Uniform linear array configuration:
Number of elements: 24
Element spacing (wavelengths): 0.5
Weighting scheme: exponential
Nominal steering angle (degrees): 30
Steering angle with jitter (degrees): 31.183
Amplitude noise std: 0.05
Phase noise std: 0.05

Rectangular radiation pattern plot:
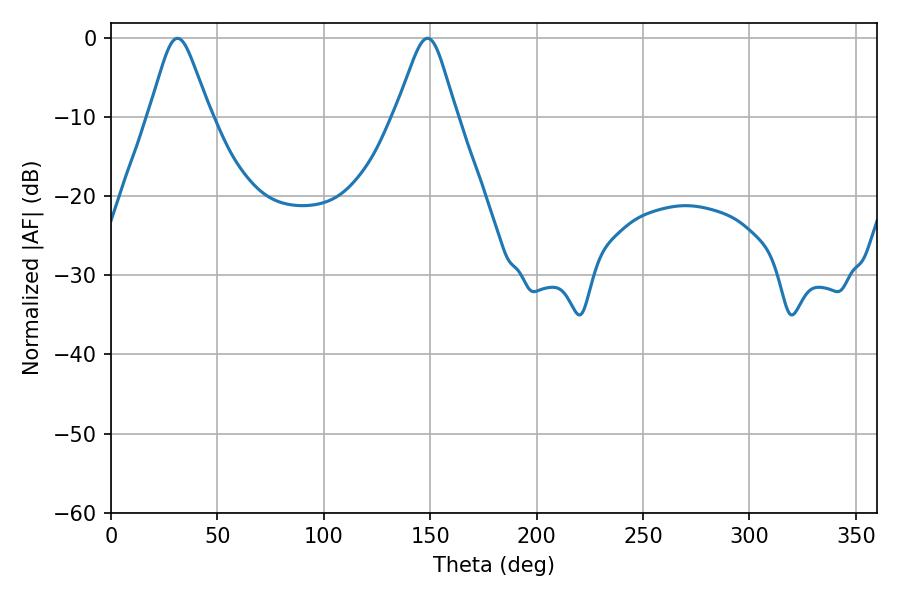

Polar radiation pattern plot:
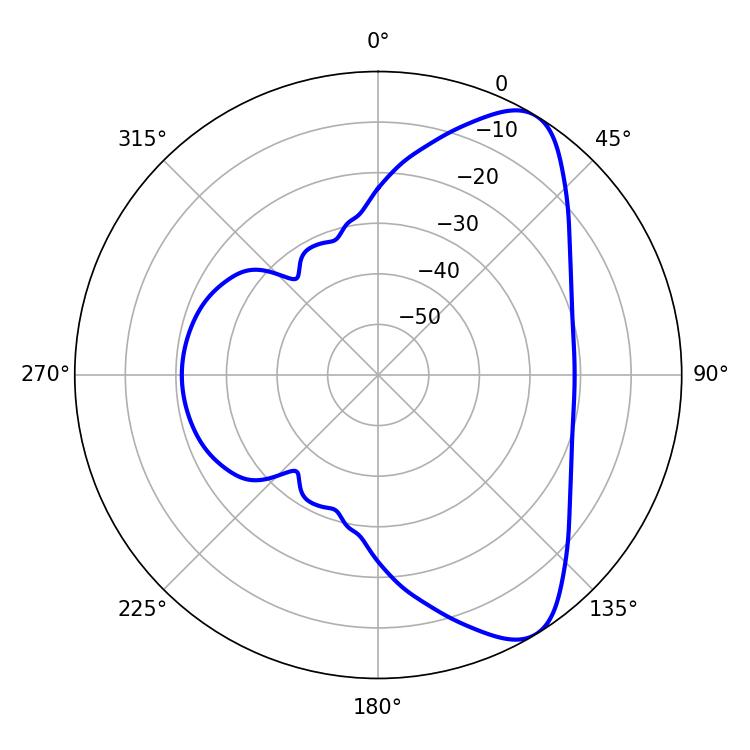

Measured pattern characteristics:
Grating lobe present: FALSE
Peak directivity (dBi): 8.112
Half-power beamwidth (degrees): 13.68
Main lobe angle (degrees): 31.32